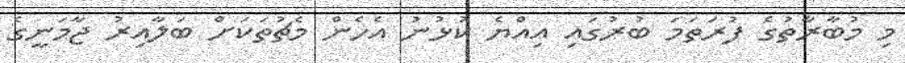
މި މުބާރާތުގެ ފުރަތަމަ ބުރުގައި އިއްޔެ ކުޅުނު އެހެން މެޗުތަކަށް ބަލާއިރު ޖާމަނީގެ